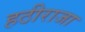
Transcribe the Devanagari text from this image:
हठीराजा